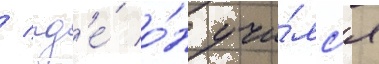
/ гд'е́ о́н учи́лс'я